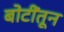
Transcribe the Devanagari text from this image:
बोटींतून